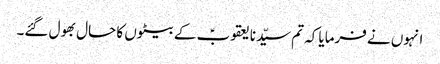
انہوں نے فرمایا کہ تم سیّدنا یعقوبؑ کے بیٹوں کا حال بھول گئے۔